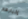
إخبارهم